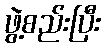
ဖွဲ့စည်းပြီး